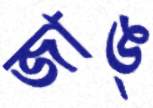
জাঙ্